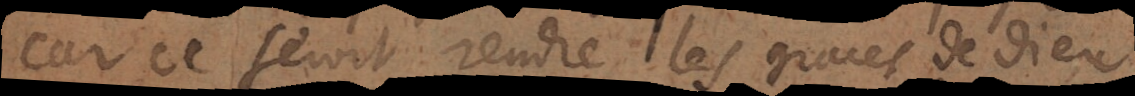
car ce seroit rendre les graces de Dieu